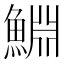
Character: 𬵞